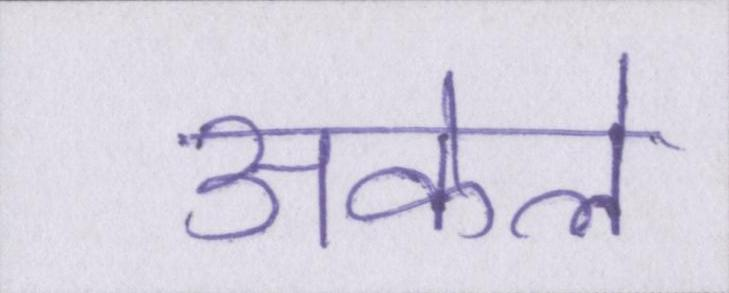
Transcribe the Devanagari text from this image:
अकेले